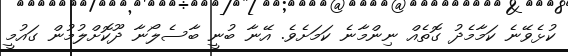
ކުޅެވޭނެ ކަމާމެދު ގޮތެއް ނިންމާނެ ކަމަށެވެ. އޭނާ ބުނީ ބާސެލޯނާ ދޫކޮށްލުމުން ގައުމީ